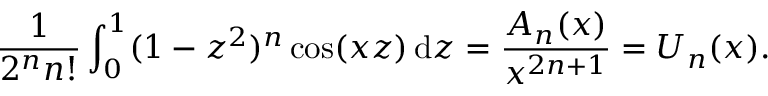
{ \frac { 1 } { 2 ^ { n } n ! } } \int _ { 0 } ^ { 1 } ( 1 - z ^ { 2 } ) ^ { n } \cos ( x z ) \, \mathrm { d } z = { \frac { A _ { n } ( x ) } { x ^ { 2 n + 1 } } } = U _ { n } ( x ) .